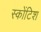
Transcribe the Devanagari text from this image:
स्कोंटिश